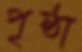
পৃষ্ঠা